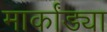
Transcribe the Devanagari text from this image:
मार्कांड्या